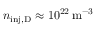
n _ { \mathrm { i n j , D } } \approx 1 0 ^ { 2 2 } \, \mathrm { m ^ { - 3 } }